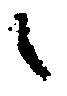
候